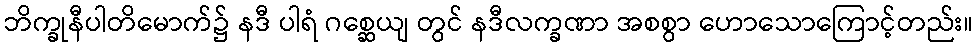
ဘိက္ခုနီပါတိမောက်၌ နဒီ ပါရံ ဂစ္ဆေယျ တွင် နဒီလက္ခဏာ အစစွာ ဟောသောကြောင့်တည်း။